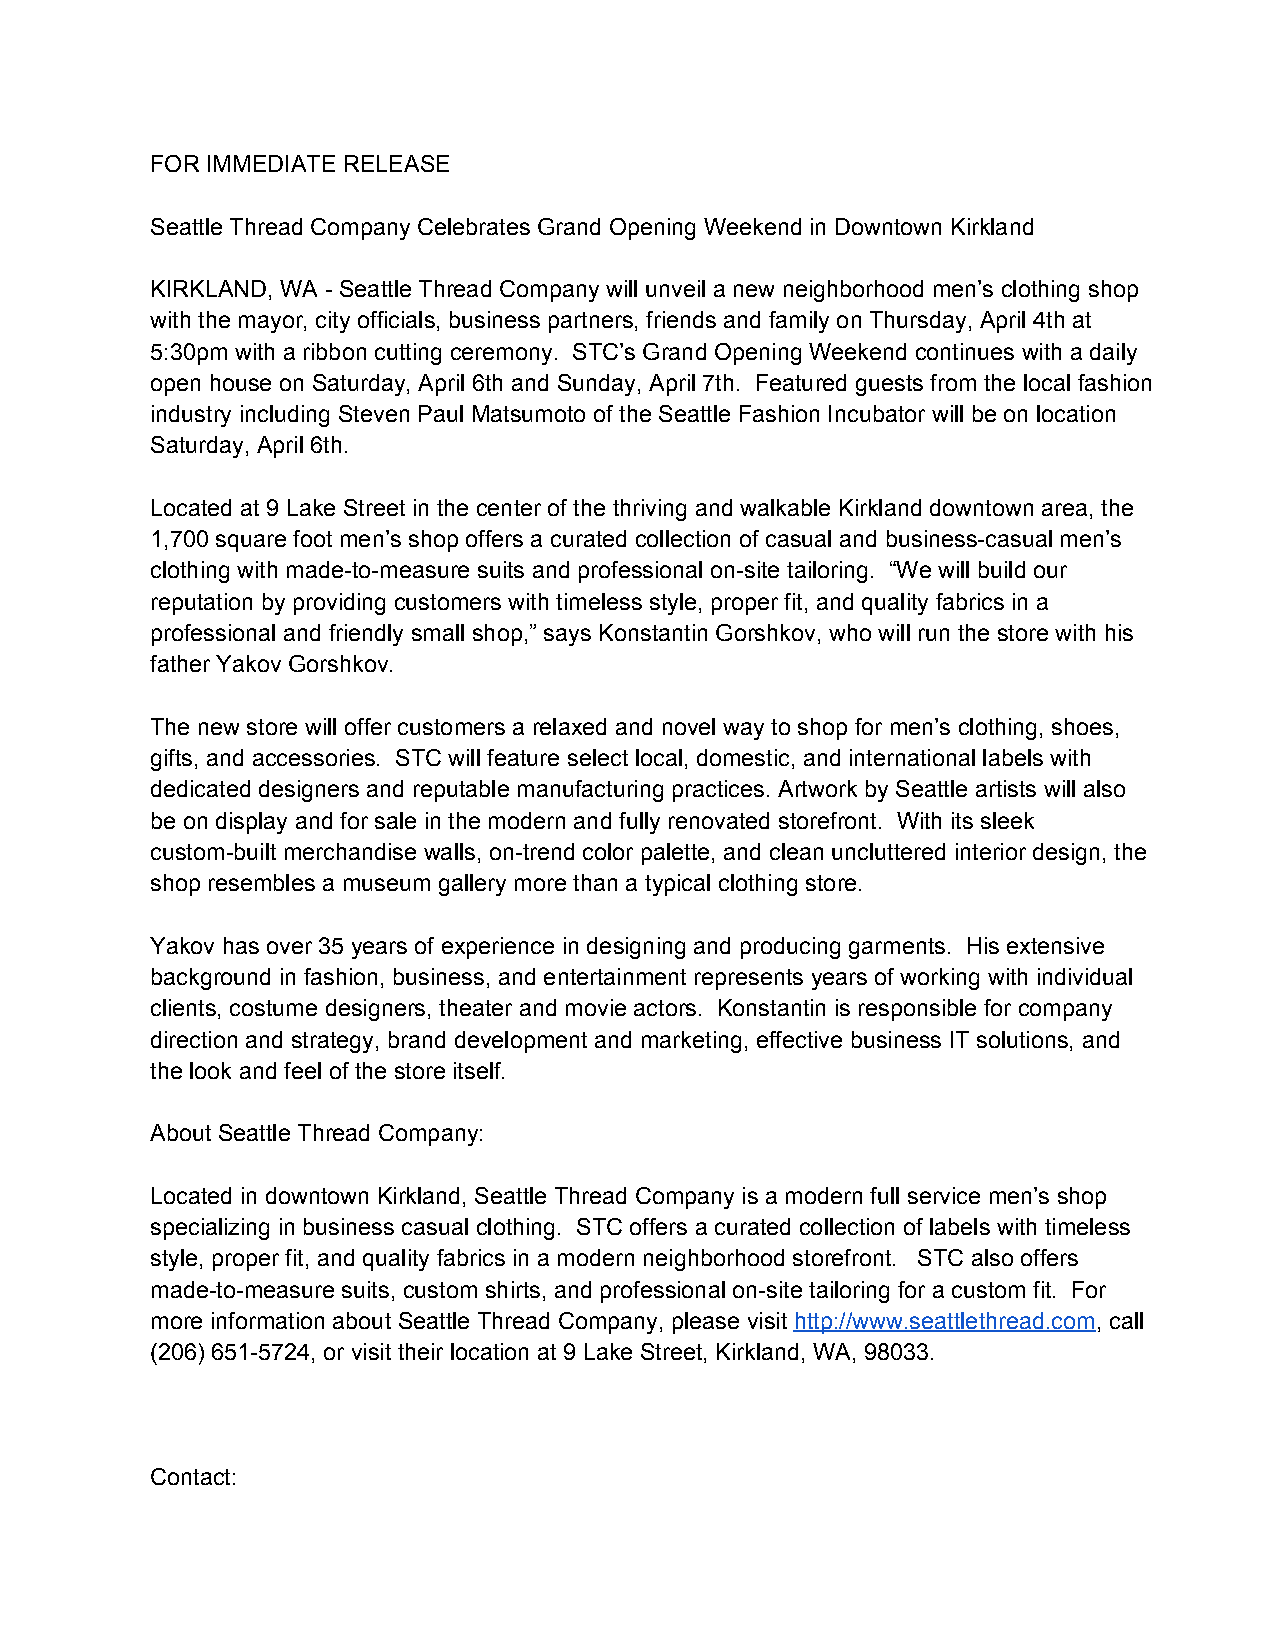
FOR IMMEDIATE RELEASE
 Seattle Thread Company Celebrates Grand Opening Weekend in Downtown Kirkland
 KIRKLAND, WA ­ Seattle Thread Company will unveil a new neighborhood men’s clothing shop
 with the mayor, city officials, business partners, friends and family on Thursday, April 4th at
 5:30pm with a ribbon cutting ceremony. STC’s Grand Opening Weekend continues with a daily
 open house on Saturday, April 6th and Sunday, April 7th. Featured guests from the local fashion
 industry including Steven Paul Matsumoto of the Seattle Fashion Incubator will be on location
 Saturday, April 6th.
 Located at 9 Lake Street in the center of the thriving and walkable Kirkland downtown area, the
 1,700 square foot men’s shop offers a curated collection of casual and business­casual men’s
 clothing with made­to­measure suits and professional on­site tailoring. “We will build our
 reputation by providing customers with timeless style, proper fit, and quality fabrics in a
 professional and friendly small shop,” says Konstantin Gorshkov, who will run the store with his
 father Yakov Gorshkov.
 The new store will offer customers a relaxed and novel way to shop for men’s clothing, shoes,
 gifts, and accessories. STC will feature select local, domestic, and international labels with
 dedicated designers and reputable manufacturing practices. Artwork by Seattle artists will also
 be on display and for sale in the modern and fully renovated storefront. With its sleek
 custom­built merchandise walls, on­trend color palette, and clean uncluttered interior design, the
 shop resembles a museum gallery more than a typical clothing store.
 Yakov has over 35 years of experience in designing and producing garments. His extensive
 background in fashion, business, and entertainment represents years of working with individual
 clients, costume designers, theater and movie actors. Konstantin is responsible for company
 direction and strategy, brand development and marketing, effective business IT solutions, and
 the look and feel of the store itself.
 About Seattle Thread Company:
 Located in downtown Kirkland, Seattle Thread Company is a modern full service men’s shop
 specializing in business casual clothing. STC offers a curated collection of labels with timeless
 style, proper fit, and quality fabrics in a modern neighborhood storefront. STC also offers
 made­to­measure suits, custom shirts, and professional on­site tailoring for a custom fit. For
 more information about Seattle Thread Company, please visit http://www.seattlethread.com, call
 (206) 651­5724, or visit their location at 9 Lake Street, Kirkland, WA, 98033.
 Contact: